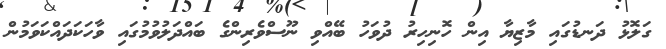
ގަލޮޅު ދަނޑުގައި މާޒިޔާ އިން ހޮނިހިރު ދުވަހު ބޭއްވި ނޫސްވެރިންގެ ބައްދަލުވުމުގައި ވާހަކަދައްކަވަމުން